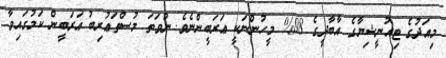
މިއަދުގެ ޓިއުނީޝިޔާގެ އާބާދީގެ 98% މީހުންނަކީ ޢަރަބީންނެވެ. ނުވަތަ މުސްތަޢުރިބު ޢަރަބީން ކަމުގައިވާ